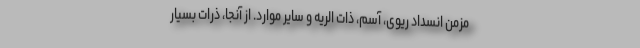
مزمن انسداد ریوی، آسم، ذات الریه و سایر موارد. از آنجا، ذرات بسیار